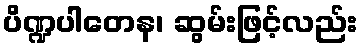
ပိဏ္ဍပါတေန၊ ဆွမ်းဖြင့်လည်း